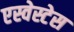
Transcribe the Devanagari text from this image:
एस्वेस्टेस